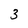
Character: 3